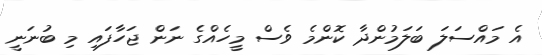
އެ މައްސަލަ ބަލަމުންދާ ކޮންމެ ވެސް މީހެއްގެ ނަން ޖަހާފައި މި ބުނަނީ